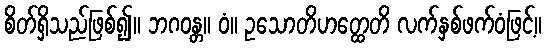
စိတ်ရှိသည်ဖြစ်၍။ ဘဂဝန္တ။ ဝံ။ ဥသောတိဟတ္ထေတိ လက်နှစ်ဖက်ဝံဖြင့်။